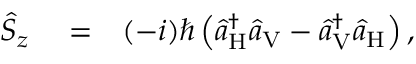
\begin{array} { r l r } { \hat { S } _ { z } } & { { } = } & { ( - i ) \hbar \left( \hat { a } _ { \mathrm { H } } ^ { \dagger } \hat { a } _ { \mathrm { V } } - \hat { a } _ { \mathrm { V } } ^ { \dagger } \hat { a } _ { \mathrm { H } } \right) , } \end{array}